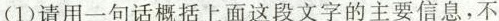
(1)请用一句话概括上面这段文字的主要信息，不